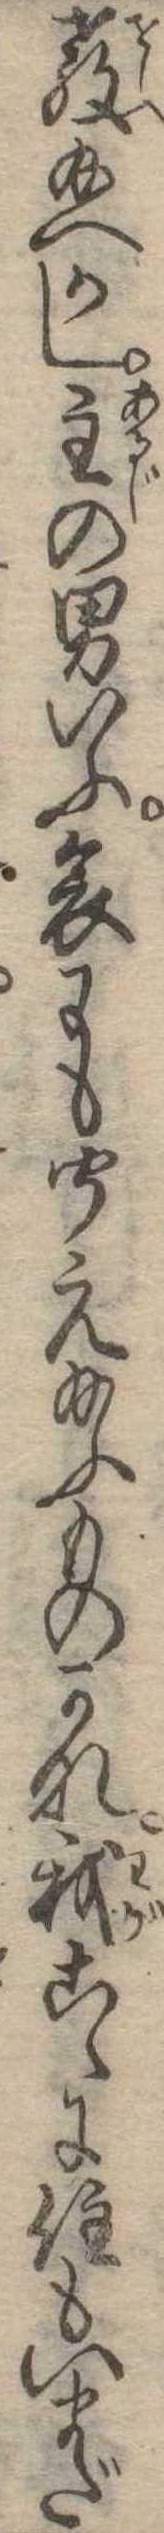
教給へかし主の男いふ哀にも聞え給ふものかな我こゝに住もいまだ